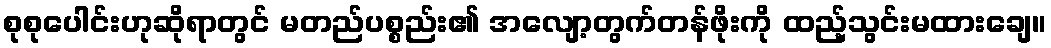
စုစုပေါင်းဟုဆိုရာတွင် မတည်ပစ္စည်း၏ အလျော့တွက်တန်ဖိုးကို ထည့်သွင်းမထားချေ။